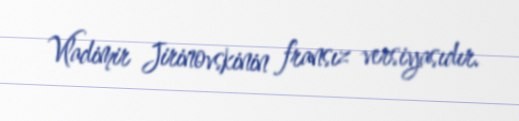
Vladimir Jirinovskinin fransız versiyasıdır.